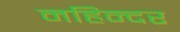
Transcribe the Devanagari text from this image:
महिन्दर